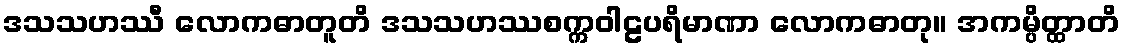
ဒသသဟဿီ လောကဓာတူတိ ဒသသဟဿစက္ကဝါဠပရိမာဏာ လောကဓာတု။ အကမ္ပိတ္ထာတိ